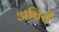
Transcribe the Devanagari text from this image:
अबिरी